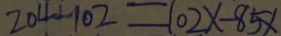
2 0 4 + 1 0 2 = 1 0 2 x - 8 5 x